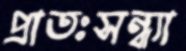
প্রাতঃসন্ধ্যা